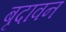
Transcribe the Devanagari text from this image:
बृदावन